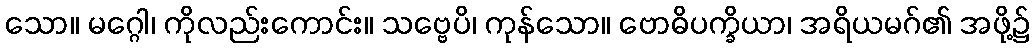
သော။ မဂ္ဂေါ၊ ကိုလည်းကောင်း။ သဗ္ဗေပိ၊ ကုန်သော။ ဗောဓိပက္ခိယာ၊ အရိယမဂ်၏ အဖို့၌